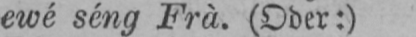
ewé séng Frà. (Ober:)